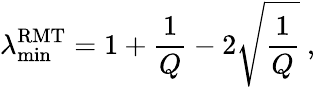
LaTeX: \lambda_{\operatorname*{min}}^{\mathrm{RMT}}=1+\frac{1}{Q}-2\sqrt{\frac{1}{Q}}~,